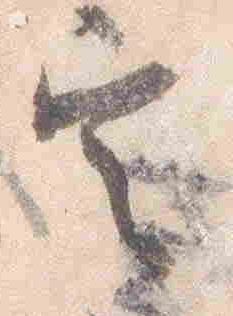
定